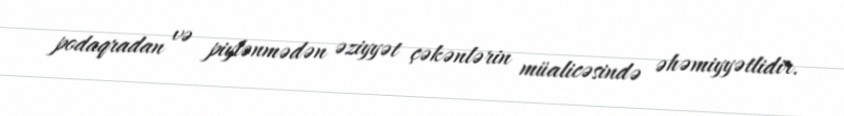
podaqradan və piylənmədən əziyyət çəkənlərin müalicəsində əhəmiyyətlidir.